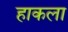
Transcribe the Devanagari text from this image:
हाकला